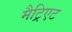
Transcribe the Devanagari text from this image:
मैट्रिएट